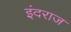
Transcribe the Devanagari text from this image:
इंदराज